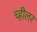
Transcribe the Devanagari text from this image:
च्हीलर